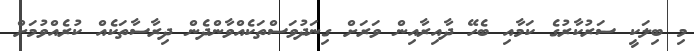
މި ބިލަކީ ސަރުކާރުގެ ކަމާއި ބެހޭ ދާއިރާއިން ވަރަށް ގިނަދުވަސްތަކެއްވާންދެން ދިރާސާތަކެއް ކުރެއްވުމަށް